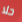
حلا